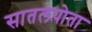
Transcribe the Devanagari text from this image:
सातलपोता